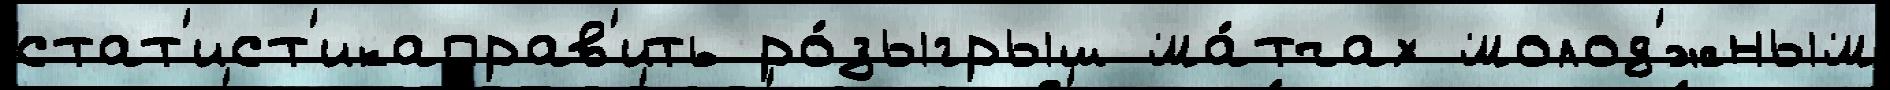
стат'ист'икаправ'ить ро́зыгрыш ма́тчах молод'́жным